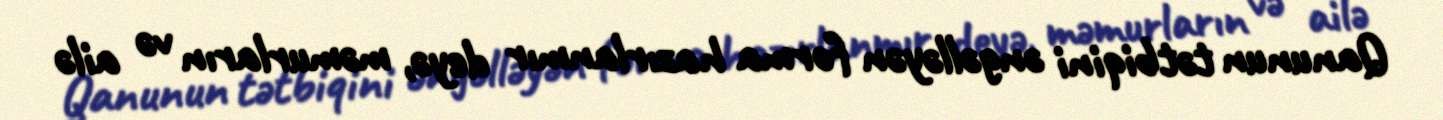
Qanunun tətbiqini əngəlləyən forma hazırlanmır deyə, məmurların və ailə